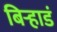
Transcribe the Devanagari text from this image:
बिऱ्हाडं